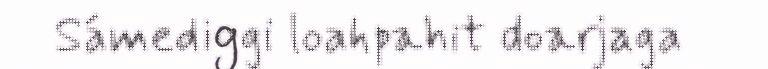
Sámediggi loahpahit doarjaga